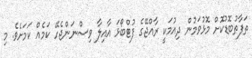
ތަފާތުބޮޑުކޮށް މޮޅުވަމުން ދިއުމަކީ ރާއްޖޭގެ ފުޓްބޯޅަ އާއިލާ ވިސްނަންޖެހޭ ކަމެއް ކަމަށެވެ. މި